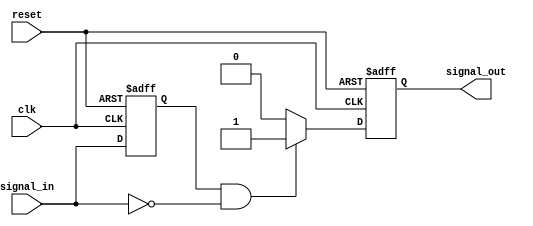
module negative_edge_detector (
    input wire clk,             // Clock signal
    input wire reset,           // Synchronous reset signal
    input wire signal_in,       // Input signal to detect negative edges
    output reg signal_out       // Output pulse indicating a negative edge
);
    
    // Register to hold the previous state of signal_in
    reg prev_signal;

    // Sequential logic to detect negative edge and generate output pulse
    always @(posedge clk or posedge reset) begin
        if (reset) begin
            prev_signal <= 1'b0; // Reset previous signal to known state
            signal_out <= 1'b0;  // Reset output signal to low
        end else begin
            // Edge detection logic: if a negative edge is detected
            if (prev_signal == 1'b1 && signal_in == 1'b0) begin
                signal_out <= 1'b1; // Generate output pulse
            end else begin
                signal_out <= 1'b0;  // No edge detected, output low
            end
            
            // Update previous signal state
            prev_signal <= signal_in;
        end
    end

endmodule